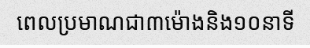
ពេលប្រមាណជា៣ម៉ោងនិង១០នាទី